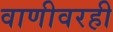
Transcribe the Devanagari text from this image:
वाणीवरही